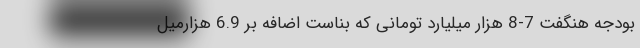
بودجه هنگفت 7-8 هزار میلیارد تومانی که بناست اضافه بر 6.9 هزارمیل